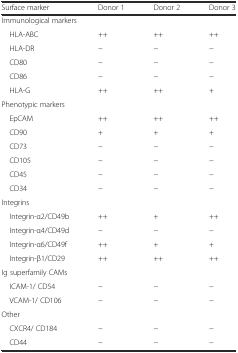
<table><thead><tr><td><b>Surface marker</b></td><td><b>Donor 1</b></td><td><b>Donor 2</b></td><td><b>Donor 3</b></td></tr></thead><tbody><tr><td colspan="4">Immunological markers</td></tr><tr><td> HLA-ABC</td><td>++</td><td>++</td><td>++</td></tr><tr><td> HLA-DR</td><td>−</td><td>−</td><td>−</td></tr><tr><td> CD80</td><td>−</td><td>−</td><td>−</td></tr><tr><td> CD86</td><td>−</td><td>−</td><td>−</td></tr><tr><td> HLA-G</td><td>++</td><td>++</td><td>+</td></tr><tr><td colspan="4">Phenotypic markers</td></tr><tr><td> EpCAM</td><td>++</td><td>++</td><td>++</td></tr><tr><td> CD90</td><td>+</td><td>+</td><td>+</td></tr><tr><td> CD73</td><td>−</td><td>−</td><td>−</td></tr><tr><td> CD105</td><td>−</td><td>−</td><td>−</td></tr><tr><td> CD45</td><td>−</td><td>−</td><td>−</td></tr><tr><td> CD34</td><td>−</td><td>−</td><td>−</td></tr><tr><td colspan="4">Integrins</td></tr><tr><td> Integrin-α2/CD49b</td><td>++</td><td>+</td><td>++</td></tr><tr><td> Integrin-α4/CD49d</td><td>−</td><td>−</td><td>−</td></tr><tr><td> Integrin-α6/CD49f</td><td>++</td><td>+</td><td>+</td></tr><tr><td> Integrin-β1/CD29</td><td>++</td><td>++</td><td>++</td></tr><tr><td colspan="4">Ig superfamily CAMs</td></tr><tr><td> ICAM-1/ CD54</td><td>−</td><td>−</td><td>−</td></tr><tr><td> VCAM-1/ CD106</td><td>−</td><td>−</td><td>−</td></tr><tr><td colspan="4">Other</td></tr><tr><td> CXCR4/ CD184</td><td>−</td><td>−</td><td>−</td></tr><tr><td> CD44</td><td>−</td><td>−</td><td>−</td></tr></tbody></table>